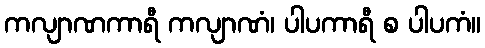
ကလျာဏကာရီ ကလျာဏံ၊ ပါပကာရီ စ ပါပကံ။